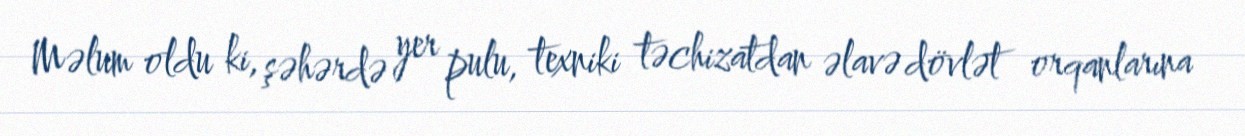
Məlum oldu ki, şəhərdə yer pulu, texniki təchizatdan əlavə dövlət orqanlarına